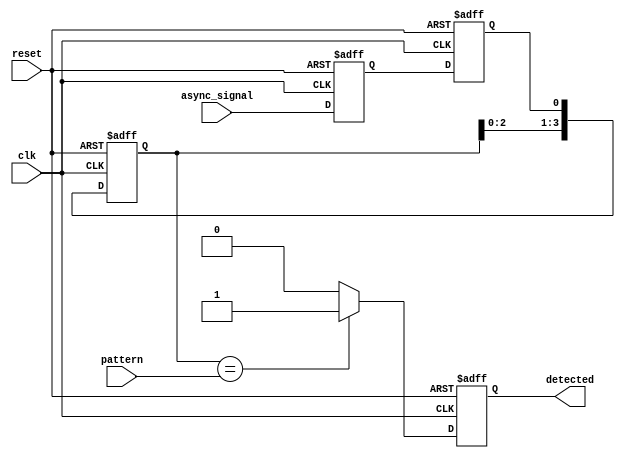
module dual_ff_detector (
    input wire clk,               // Clock signal
    input wire reset,             // Reset signal
    input wire async_signal,      // Asynchronous input signal
    input wire [3:0] pattern,     // Pattern to detect
    output reg detected           // Output to indicate detection
);

// Internal signal declarations
reg ff1, ff2;                   // Dual flip-flops
reg [3:0] detection_memory;     // Memory block to store detected pattern

// Synchronous FFs for synchronization
always @(posedge clk or posedge reset) begin
    if (reset) begin
        ff1 <= 1'b0;
        ff2 <= 1'b0;
    end else begin
        ff1 <= async_signal;    // Sample the async signal
        ff2 <= ff1;             // Synchronize the sampled signal
    end
end

// Detection logic to compare with the pattern
always @(posedge clk or posedge reset) begin
    if (reset) begin
        detected <= 1'b0;
        detection_memory <= 4'b0; // Clear memory
    end else begin
        // Store the detected values in memory
        detection_memory <= {detection_memory[2:0], ff2}; // Shift register implementation
       
        // Check for pattern detection
        if (detection_memory == pattern) begin
            detected <= 1'b1;      // Pattern detected
        end else begin
            detected <= 1'b0;      // Reset detection
        end
    end
end

endmodule